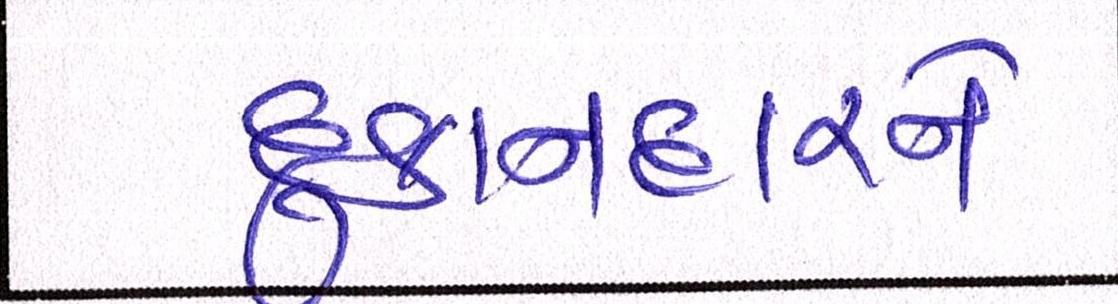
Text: દુકાનદારને